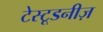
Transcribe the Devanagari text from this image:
टेस्टूडनीज़